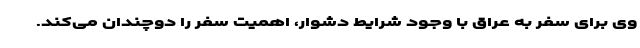
وی برای سفر به عراق با وجود شرایط دشوار، اهمیت سفر را دوچندان می‌کند.